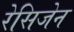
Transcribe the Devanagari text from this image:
रेसिजेन